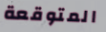
المتوقعة